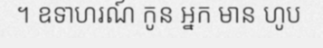
។ ឧទាហរណ៍ កូន អ្នក មាន ហូប